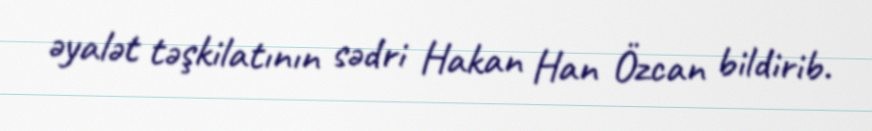
əyalət təşkilatının sədri Hakan Han Özcan bildirib.